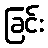
ခြင်း